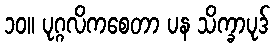
၁၀။ ပုဂ္ဂလိကစေတာ ပန သိက္ခာပုဒ်